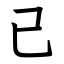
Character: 已